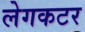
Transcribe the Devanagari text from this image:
लेगकटर